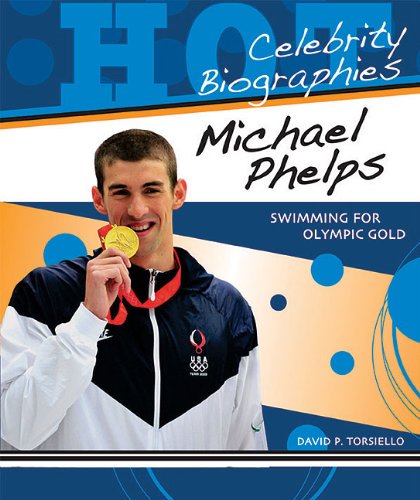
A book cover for Michael Phelps: Swimming for Olympic Gold (Hot Celebrity Biographies); David P. Torsiello; Children's Books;